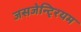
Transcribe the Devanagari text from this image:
जसजेन्टि्रयम